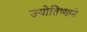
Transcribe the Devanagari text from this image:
ज्योतिष्याने